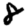
Digit: 8